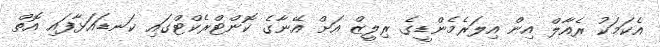
އެކަމަކު ރެއާލް އިން އިލަރެމެންޑީގެ ރިލީޒް އަށް އޭނާގެ ކޮންޓްރެކްޓްގައި ކަނޑައަޅާފައި އޮތް